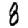
Digit: 8